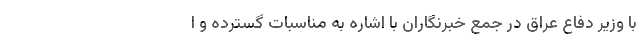
با وزیر دفاع عراق در جمع خبرنگاران با اشاره به مناسبات گسترده و ا